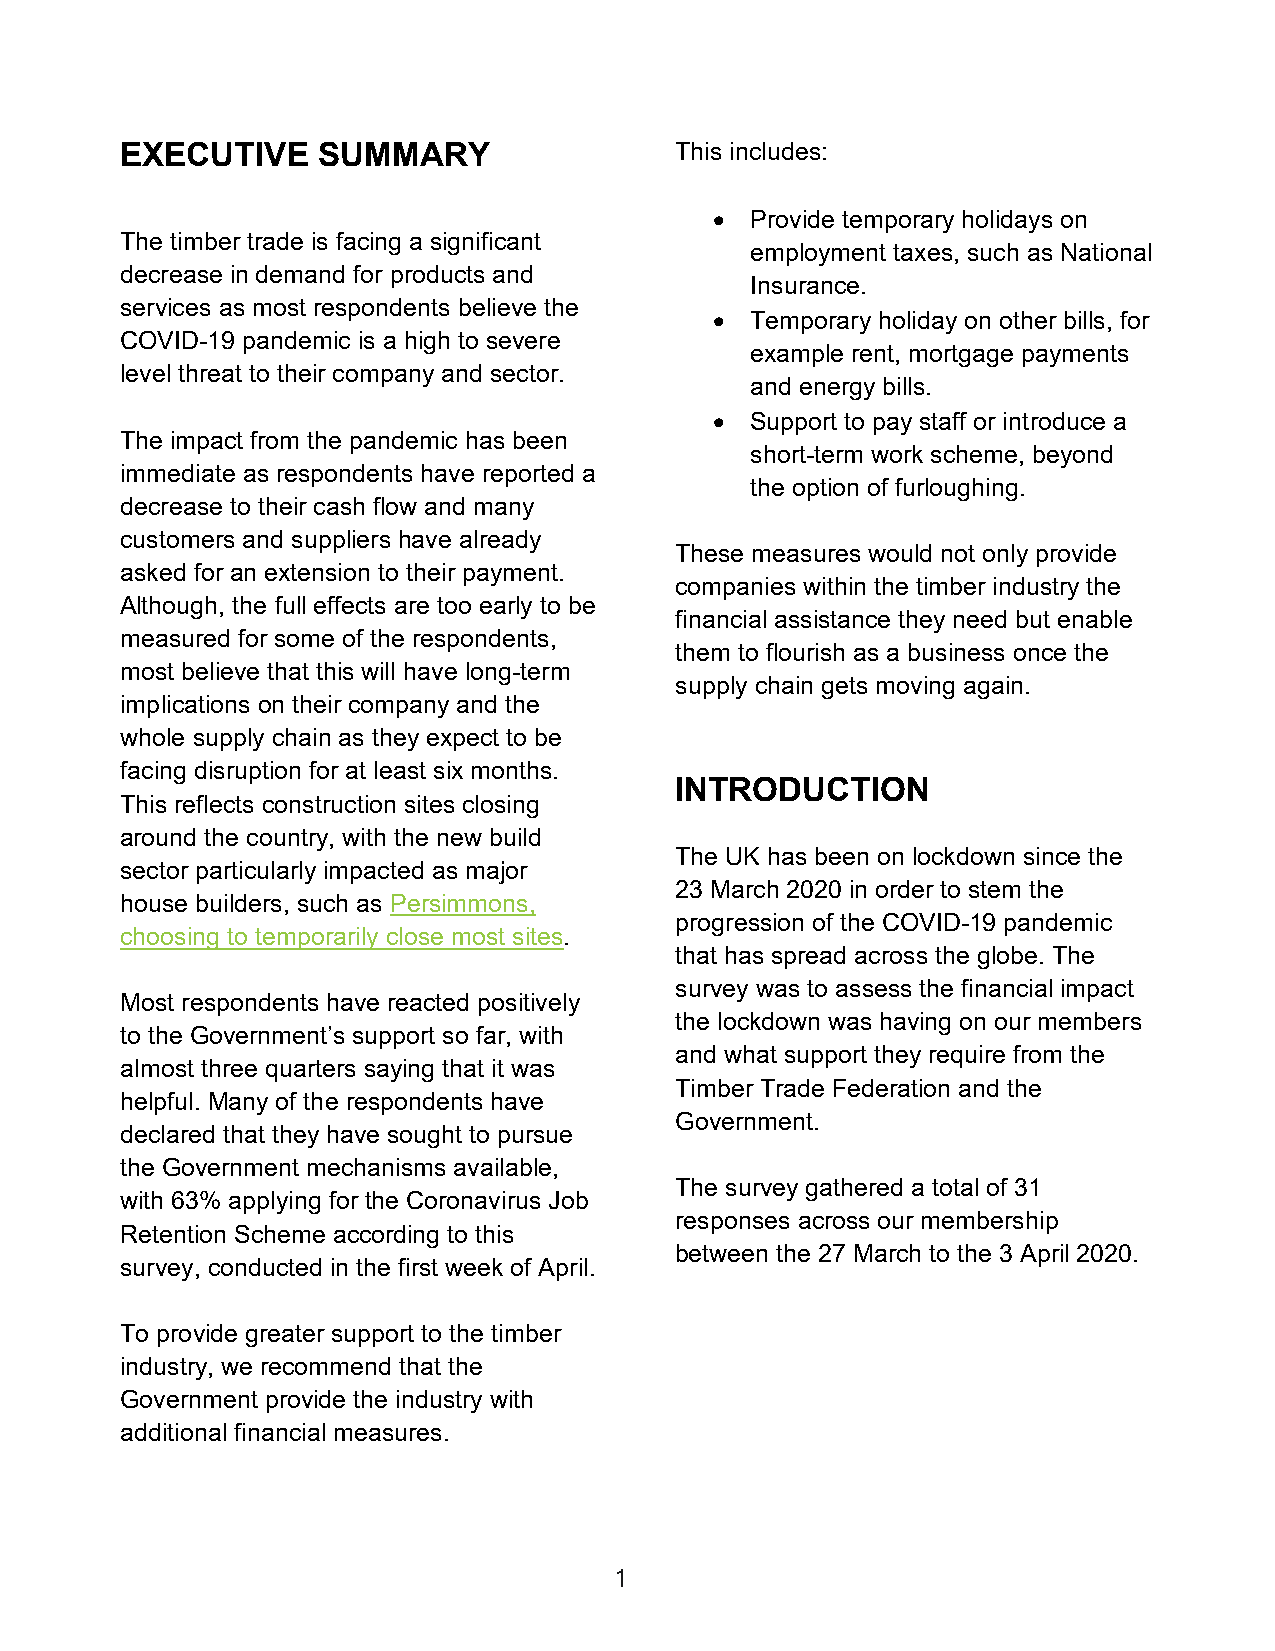
EXECUTIVE    SUMMARY                 This includes:
 •  Provide temporary holidays on
 The timber trade is facing a significant
 employment taxes, such as National
 decrease in demand for products and
 Insurance.
 services as most respondents believe the
 •  Temporary holiday on other bills, for
 COVID-19 pandemic is a high to severe
 example rent, mortgage payments
 level threat to their company and sector.
 and energy bills.
 •  Support to pay staff or introduce a
 The impact from the pandemic has been
 short-term work scheme, beyond
 immediate as respondents have reported a
 the option of furloughing.
 decrease to their cash flow and many
 customers and suppliers have already
 These measures would not only provide
 asked for an extension to their payment.
 companies within the timber industry the
 Although, the full effects are too early to be
 financial assistance they need but enable
 measured for some of the respondents,
 them to flourish as a business once the
 most believe that this will have long-term
 supply chain gets moving again.
 implications on their company and the
 whole supply chain as they expect to be
 facing disruption for at least six months.
 INTRODUCTION
 This reflects construction sites closing
 around the country, with the new build
 The UK has been on lockdown since the
 sector particularly impacted as major
 23 March 2020 in order to stem the
 house builders, such as Persimmons,
 progression of the COVID-19 pandemic
 choosing to temporarily close most sites.
 that has spread across the globe. The
 survey was to assess the financial impact
 Most respondents have reacted positively
 the lockdown was having on our members
 to the Government’s support so far, with
 and what support they require from the
 almost three quarters saying that it was
 Timber Trade Federation and the
 helpful. Many of the respondents have
 Government.
 declared that they have sought to pursue
 the Government mechanisms available,
 The survey gathered a total of 31
 with 63% applying for the Coronavirus Job
 responses across our membership
 Retention Scheme according to this
 between the 27 March to the 3 April 2020.
 survey, conducted in the first week of April.
 To provide greater support to the timber
 industry, we recommend that the
 Government provide the industry with
 additional financial measures.
 122